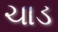
ચાડ